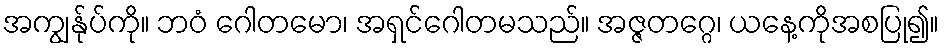
အကျွန်ုပ်ကို။ ဘဝံ ဂေါတမော၊ အရှင်ဂေါတမသည်။ အဇ္ဇတဂ္ဂေ၊ ယနေ့ကိုအစပြု၍။